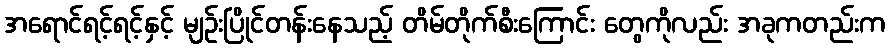
အရောင်ရင့်ရင့်နှင့် မျဉ်းပြိုင်တန်းနေသည့် တိမ်တိုက်စီးကြောင်း တွေကိုလည်း အခုကတည်းက